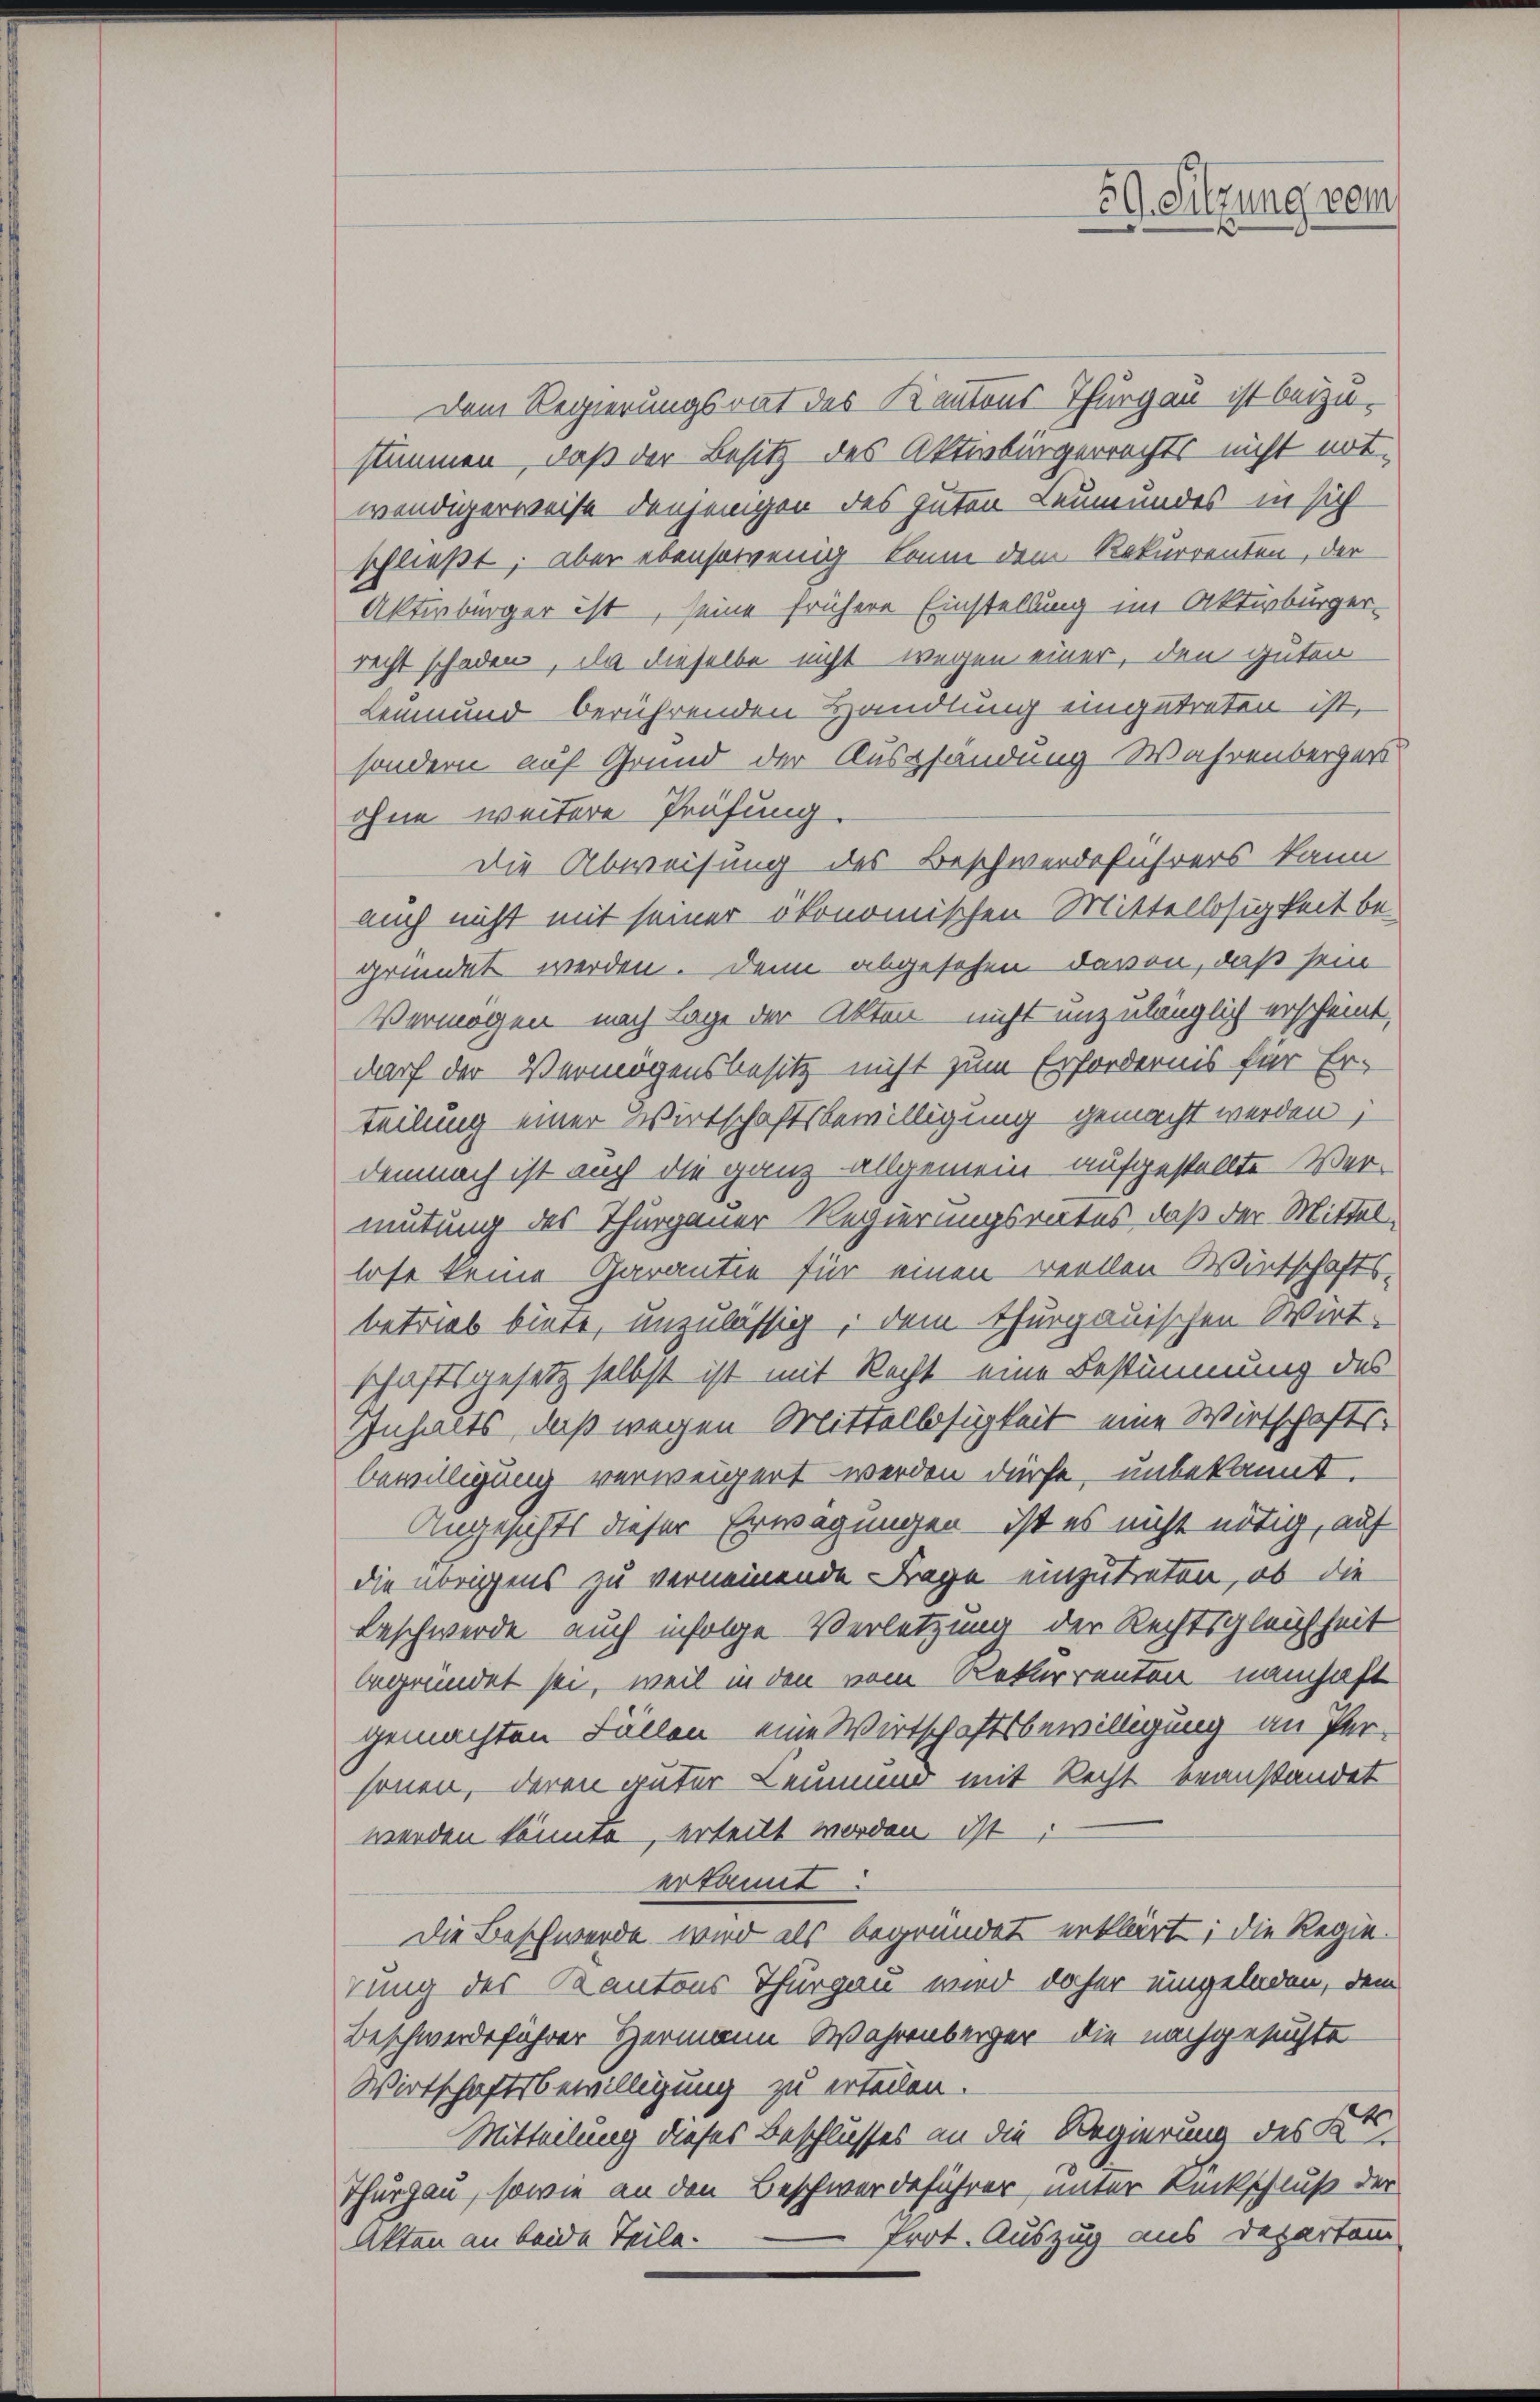
Dem Regierungsrat des Kantons Thurgau ist beizustimmen, daß der Besitz des Aktenbürgerrechts nicht not-
wendigerweise denjenigen des guten Leumundes in sich
schließt; aber ebensowenig kann dem Rekurrenten, der
Aktivbürger ist, seine frühere Einstellung im Aktivbürger-
recht schaden, da dieselbe nicht wegen einer, den guten
Leumund berührenden Handlung eingetreten ist,
sondern auf Grund der Auspfändung Wahrenbergers
ohne weitere Prüfung.
die Abweisung des Beschwerdeführers kann
auch nicht mit seiner ökonomischen Mittellosigkeit be-
gründet werden. Denn abgesehen davon, daß sein
Vermögen nach Lage der Akten nicht unzulänglich erscheint,
darf der Vermögensbesitz nicht zum Erfordernis für Er-
teilung einer Wirtschaftsbewilligung gemacht werden;
demnach ist auch die ganz allgemein aufgestellte Ver-
mutung des Thurgauer Regierungsrates, daß der Mittellose keine Garantie für einen reellen Wirtschafts-
betrieb biete, unzulässig, dem thurgauischen Wirt-
schaftsgesetz selbst ist mit Recht eine Bestimmung des
Inhalts, daß wegen Mittellosigkeit eine Wirtschafts-
bewilligung verweigert werden dürfe, unbekannt.
Angesichts dieser Erwägungen ist es nicht nötig, auf
die übrigens zu verneinende Frage einzutreten, ob die
Beschwerde auch infolge Verletzung der Rechtsgleichheit
begründet sei, weil in den vom Rekurrenten namhaft
gemachten Fällen eine Wirtschaftsbewilligung an Per-
sonen, deren auter Leumung mit Recht beanstandet
werden könnte, erteilt worden, ist
erkannt:
Die Beschwerde wird als begründet erklärt; die Regierung des Kantons Thurgau wird daher eingeladen, dem
Beschwerdeführer Hermann Wahrenberger die nachgesuchte
Wirtschaftsbewilligung zu erteilen.
Mitteilung dieses Beschlusses an die Regierung des Kts.
Thurgau, sowie an den Beschwerdeführer unter Rückschluß der
frot. Auszug aus Departam
Akten an beide Teile.

59. Sitzung vom